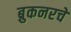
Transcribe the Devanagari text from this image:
ब्रुकनरचे